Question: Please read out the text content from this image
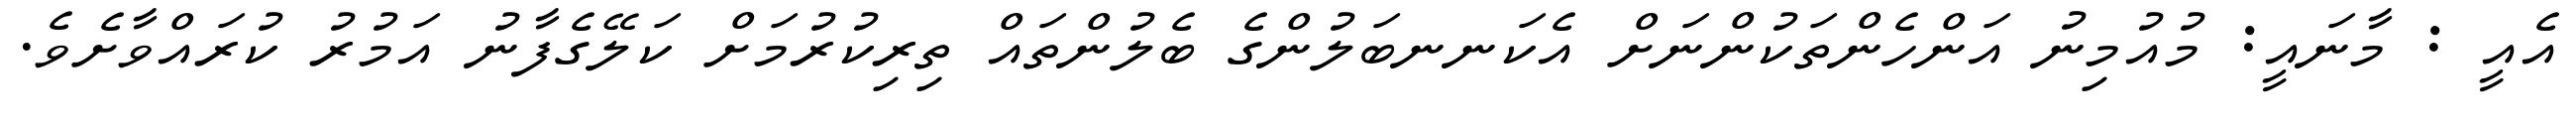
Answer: އެއީ : މާނައީ: މުއުމިނު އަންހެންތަކުންނަށް އެކަނނބަލުންގެ ބެލުންތައް ތިރިކުރުމަށް ކަލޭގެފާނު އަމުރު ކުރައްވާށެވެ.